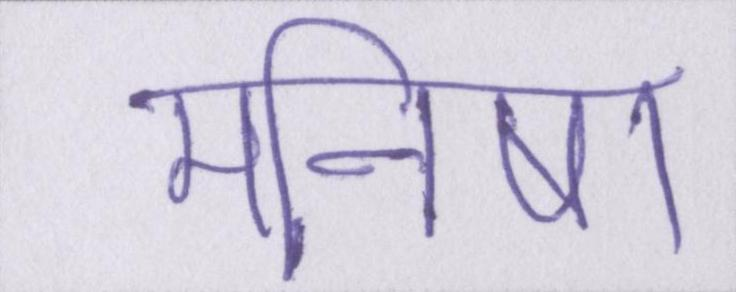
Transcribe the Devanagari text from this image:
मनीषा